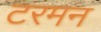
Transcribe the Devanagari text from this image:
टरमन